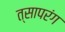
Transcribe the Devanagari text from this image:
त्सापरंग